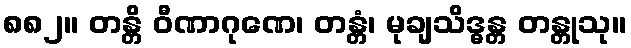
၈၈၂။ တန္တိ ဝီဏာဂုဏေ၊ တန္တံ၊ မုချသိဒ္ဓန္တ တန္တုသု။